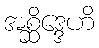
အစ္ဆိဒ္ဒေဟိ